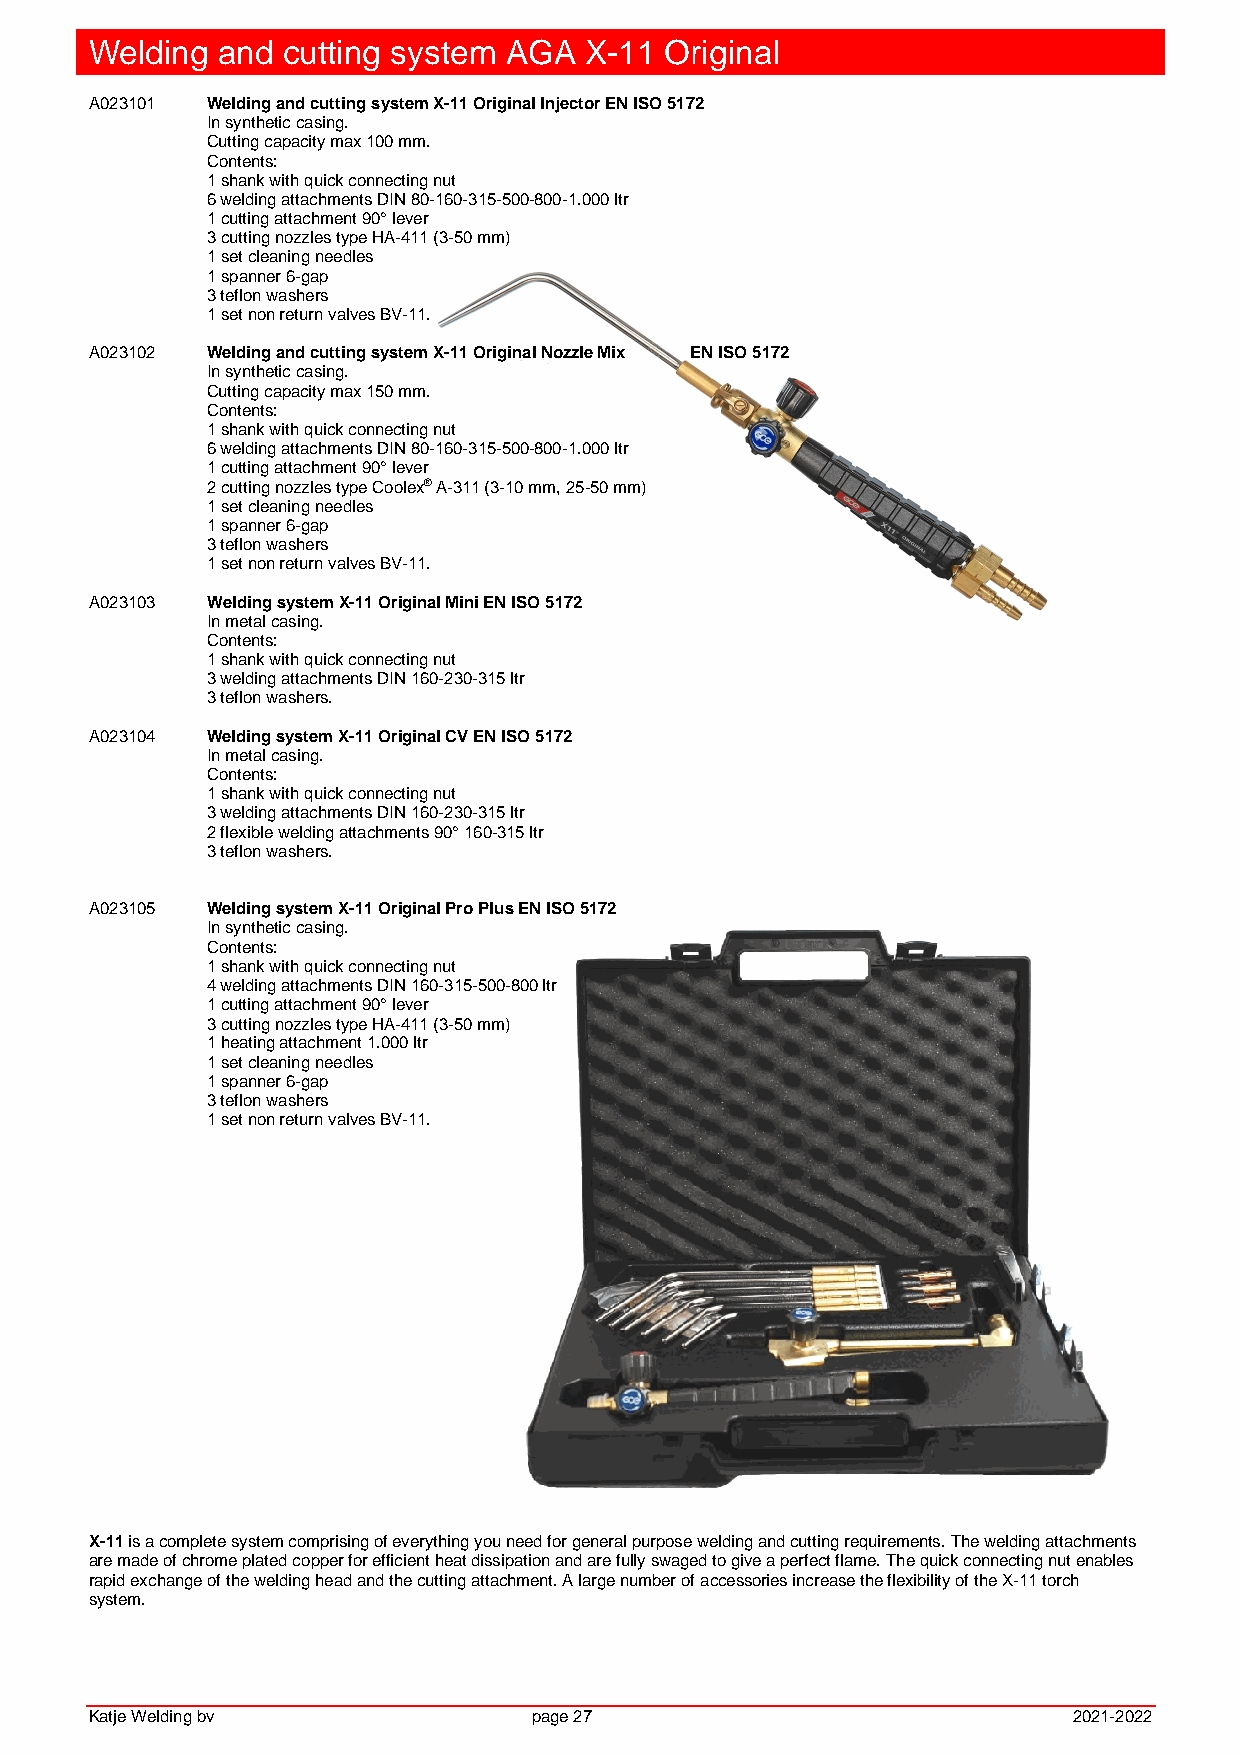
Welding and  cutting system AGA  X-11 Original
 A023101 Welding and cutting system X-11 Original Injector EN ISO 5172
 In synthetic casing.
 Cutting capacity max 100 mm.
 Contents:
 1 shank with quick connecting nut
 6 welding attachments DIN 80-160-315-500-800-1.000 ltr
 1 cutting attachment 90° lever
 3 cutting nozzles type HA-411 (3-50 mm)
 1 set cleaning needles
 1 spanner 6-gap
 3 teflon washers
 1 set non return valves BV-11.
 A023102 Welding and cutting system X-11 Original Nozzle Mix EN ISO 5172
 In synthetic casing.
 Cutting capacity max 150 mm.
 Contents:
 1 shank with quick connecting nut
 6 welding attachments DIN 80-160-315-500-800-1.000 ltr
 1 cutting attachment 90° lever
 2 cutting nozzles type Coolex® A-311 (3-10 mm, 25-50 mm)
 1 set cleaning needles
 1 spanner 6-gap
 3 teflon washers
 1 set non return valves BV-11.
 A023103 Welding system X-11 Original Mini EN ISO 5172
 In metal casing.
 Contents:
 1 shank with quick connecting nut
 3 welding attachments DIN 160-230-315 ltr
 3 teflon washers.
 A023104 Welding system X-11 Original CV EN ISO 5172
 In metal casing.
 Contents:
 1 shank with quick connecting nut
 3 welding attachments DIN 160-230-315 ltr
 2 flexible welding attachments 90° 160-315 ltr
 3 teflon washers.
 A023105 Welding system X-11 Original Pro Plus EN ISO 5172
 In synthetic casing.
 Contents:
 1 shank with quick connecting nut
 4 welding attachments DIN 160-315-500-800 ltr
 1 cutting attachment 90° lever
 3 cutting nozzles type HA-411 (3-50 mm)
 1 heating attachment 1.000 ltr
 1 set cleaning needles
 1 spanner 6-gap
 3 teflon washers
 1 set non return valves BV-11.
 X-11 is a complete system comprising of everything you need for general purpose welding and cutting requirements. The welding attachments
 are made of chrome plated copper for efficient heat dissipation and are fully swaged to give a perfect flame. The quick connecting nut enables
 rapid exchange of the welding head and the cutting attachment. A large number of accessories increase the flexibility of the X-11 torch
 system.
 Katje Welding bv             page 27                             2021-2022